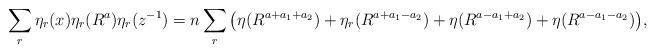
LaTeX: \begin{align*}\sum\limits_r \eta_r(x)\eta_r(R^a)\eta_r(z^{-1})= n\sum\limits_r \big{(} \eta(R^{a+a_1+a_2})+\eta_r(R^{a+a_1-a_2})+\eta(R^{a-a_1+a_2})+\eta(R^{a-a_1-a_2})\big{)},\end{align*}